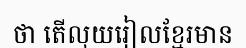
ថា តើលុយរៀលខ្មែរមាន